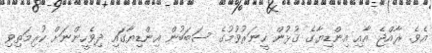
އެވެ. ރާއްޖެ އާއި އިންޑިޔާގެ ގުޅުން ހީނަރުވުމުގެ ސަބަބުން އިންޑިޔާގައި ދިވެހީންނަށް ކުރިމަތިވި